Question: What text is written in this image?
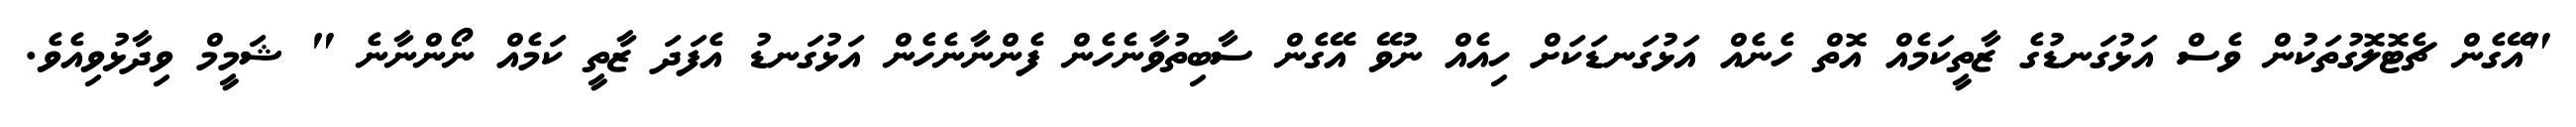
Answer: "އޭގެން ޗެޓޮލޮގުތަކުން ވެސް އަޅުގަނޑުގެ ޒާތީކަމެއް އޮތް ހެނެއް އަޅުގަނޑަކަށް ހިއެއް ނުވޭ އޭގެން ސާބިތުވާނެހެން ފެންނާނެހެން އަޅުގަނޑު އެފަދަ ޒާތީ ކަމެއް ނޯންނާނެ " ޝަމީމް ވިދާޅުވިއެވެ.